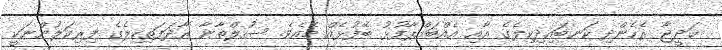
ޚަދީޖާ ރެހެންދި ކަނބައިދިކިލެގެ އާއި އެއްބައްޕާފުޅު ބޭފުޅެއް މެއެވެ. ސުލްޠާނާ ރާދަފަތިކިލެގެ ފިރިކަލުންނަކީ